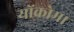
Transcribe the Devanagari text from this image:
योंकोमा